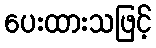
ပေးထားသဖြင့်